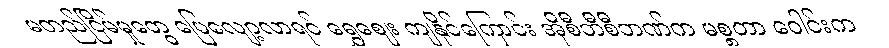
မတည်ငြိမ်မှုတွေ ပြေလျော့လာရင် ရွှေဈေး ကျနိုင်ကြောင်း အိုစီဘီစီဘဏ်က မစ္စတာ ဝေါင်းက